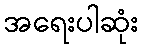
အရေးပါဆုံး